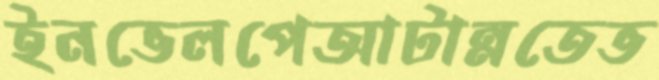
ইনভেলপেআটান্নতেভ